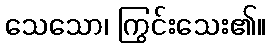
သေသော၊ ကြွင်းသေး၏။